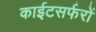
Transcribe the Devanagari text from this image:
काईटसर्फरों